Report of an investigation of the epidemic of malarial fever in Assam, or, kala-azar
Disease focus: Malaria
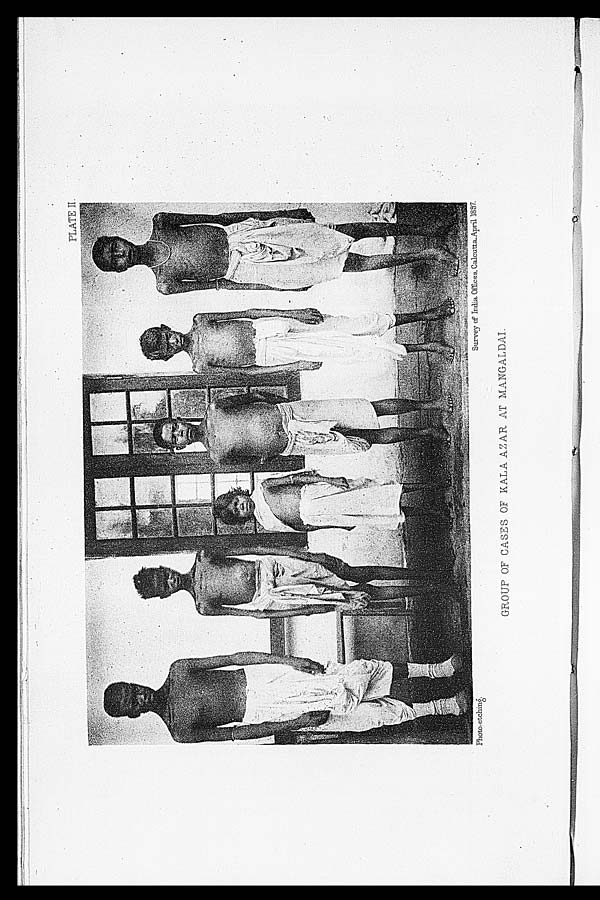
PLATE II.
Photo,etchtng.
Survey of India Offices. CalcuttaApril 1897.
GROUP OF CASES OF KALA AZAR AT MANGALDAI.